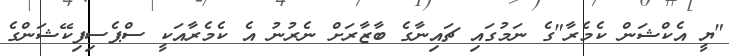
"ޔީ އެކްޝަން ކެމެރާ"ގެ ނަމުގައި ޗައިނާގެ ބާޒާރަށް ނެރުނު އެ ކެމެރާއަކީ ސްޕެސިފިކޭޝަންގެ